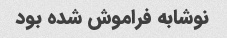
نوشابه فراموش شده بود